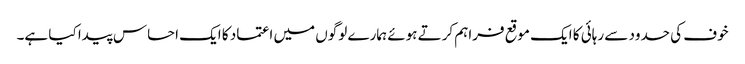
خوف کی حدود سے رہائی کا ایک موقع فراہم کرتے ہوئے ہمارے لوگوں میں اعتماد کا ایک احساس پیدا کیا ہے۔